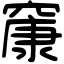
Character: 䆲